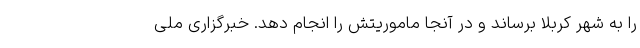
را به شهر کربلا برساند و در آنجا ماموریتش را انجام دهد. خبرگزاری ملی